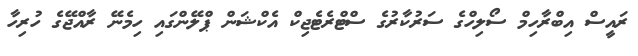
ރައީސް އިބްރާހިމް ސޯލިހްގެ ސަރުކާރުގެ ސްޓްރެޓެޖިކް އެކްޝަން ޕްލޭންގައި ހިމެނޭ ރާއްޖޭގެ ހުރިހާ